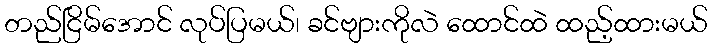
တည်ငြိမ်အောင် လုပ်ပြမယ်၊ ခင်ဗျားကိုလဲ ထောင်ထဲ ထည့်ထားမယ်